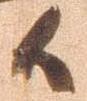
候